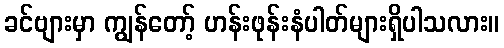
ခင်ဗျားမှာ ကျွန်တော့် ဟန်းဖုန်းနံပါတ်များရှိပါသလား။